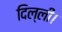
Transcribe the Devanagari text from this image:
दिल्‍ली।